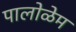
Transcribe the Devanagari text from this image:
पालोळेम